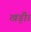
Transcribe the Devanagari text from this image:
खड़ी।